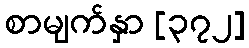
စာမျက်နှာ [၃၇၂]